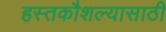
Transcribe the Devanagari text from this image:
हस्तकौशल्यासाठी